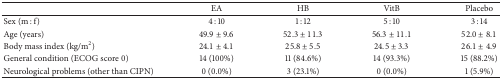
<table><thead><tr><td><b> </b></td><td><b>EA</b></td><td><b>HB</b></td><td><b>VitB</b></td><td><b>Placebo</b></td></tr></thead><tbody><tr><td>Sex (m : f)</td><td>4 : 10</td><td>1 : 12</td><td>5 : 10</td><td>3 : 14</td></tr><tr><td>Age (years)</td><td>49.9 ± 9.6</td><td>52.3 ± 11.3</td><td>56.3 ± 11.1</td><td>52.0 ± 8.1</td></tr><tr><td>Body mass index (kg/m2)</td><td>24.1 ± 4.1</td><td>25.8 ± 5.5</td><td>24.5 ± 3.3</td><td>26.1 ± 4.9</td></tr><tr><td>General condition (ECOG score 0)</td><td>14 (100%)</td><td>11 (84.6%)</td><td>14 (93.3%)</td><td>15 (88.2%)</td></tr><tr><td>Neurological problems (other than CIPN)</td><td>0 (0.0%)</td><td>3 (23.1%)</td><td>0 (0.0%)</td><td>1 (5.9%)</td></tr></tbody></table>